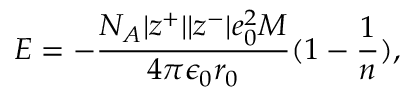
E = - \frac { N _ { A } | z ^ { + } | | z ^ { - } | e _ { 0 } ^ { 2 } M } { 4 \pi \epsilon _ { 0 } r _ { 0 } } ( 1 - \frac { 1 } { n } ) ,